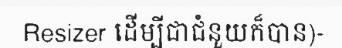
Resizer ដើម្បីជាជំនួយក៏បាន)-